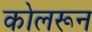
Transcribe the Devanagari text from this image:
कोलरून